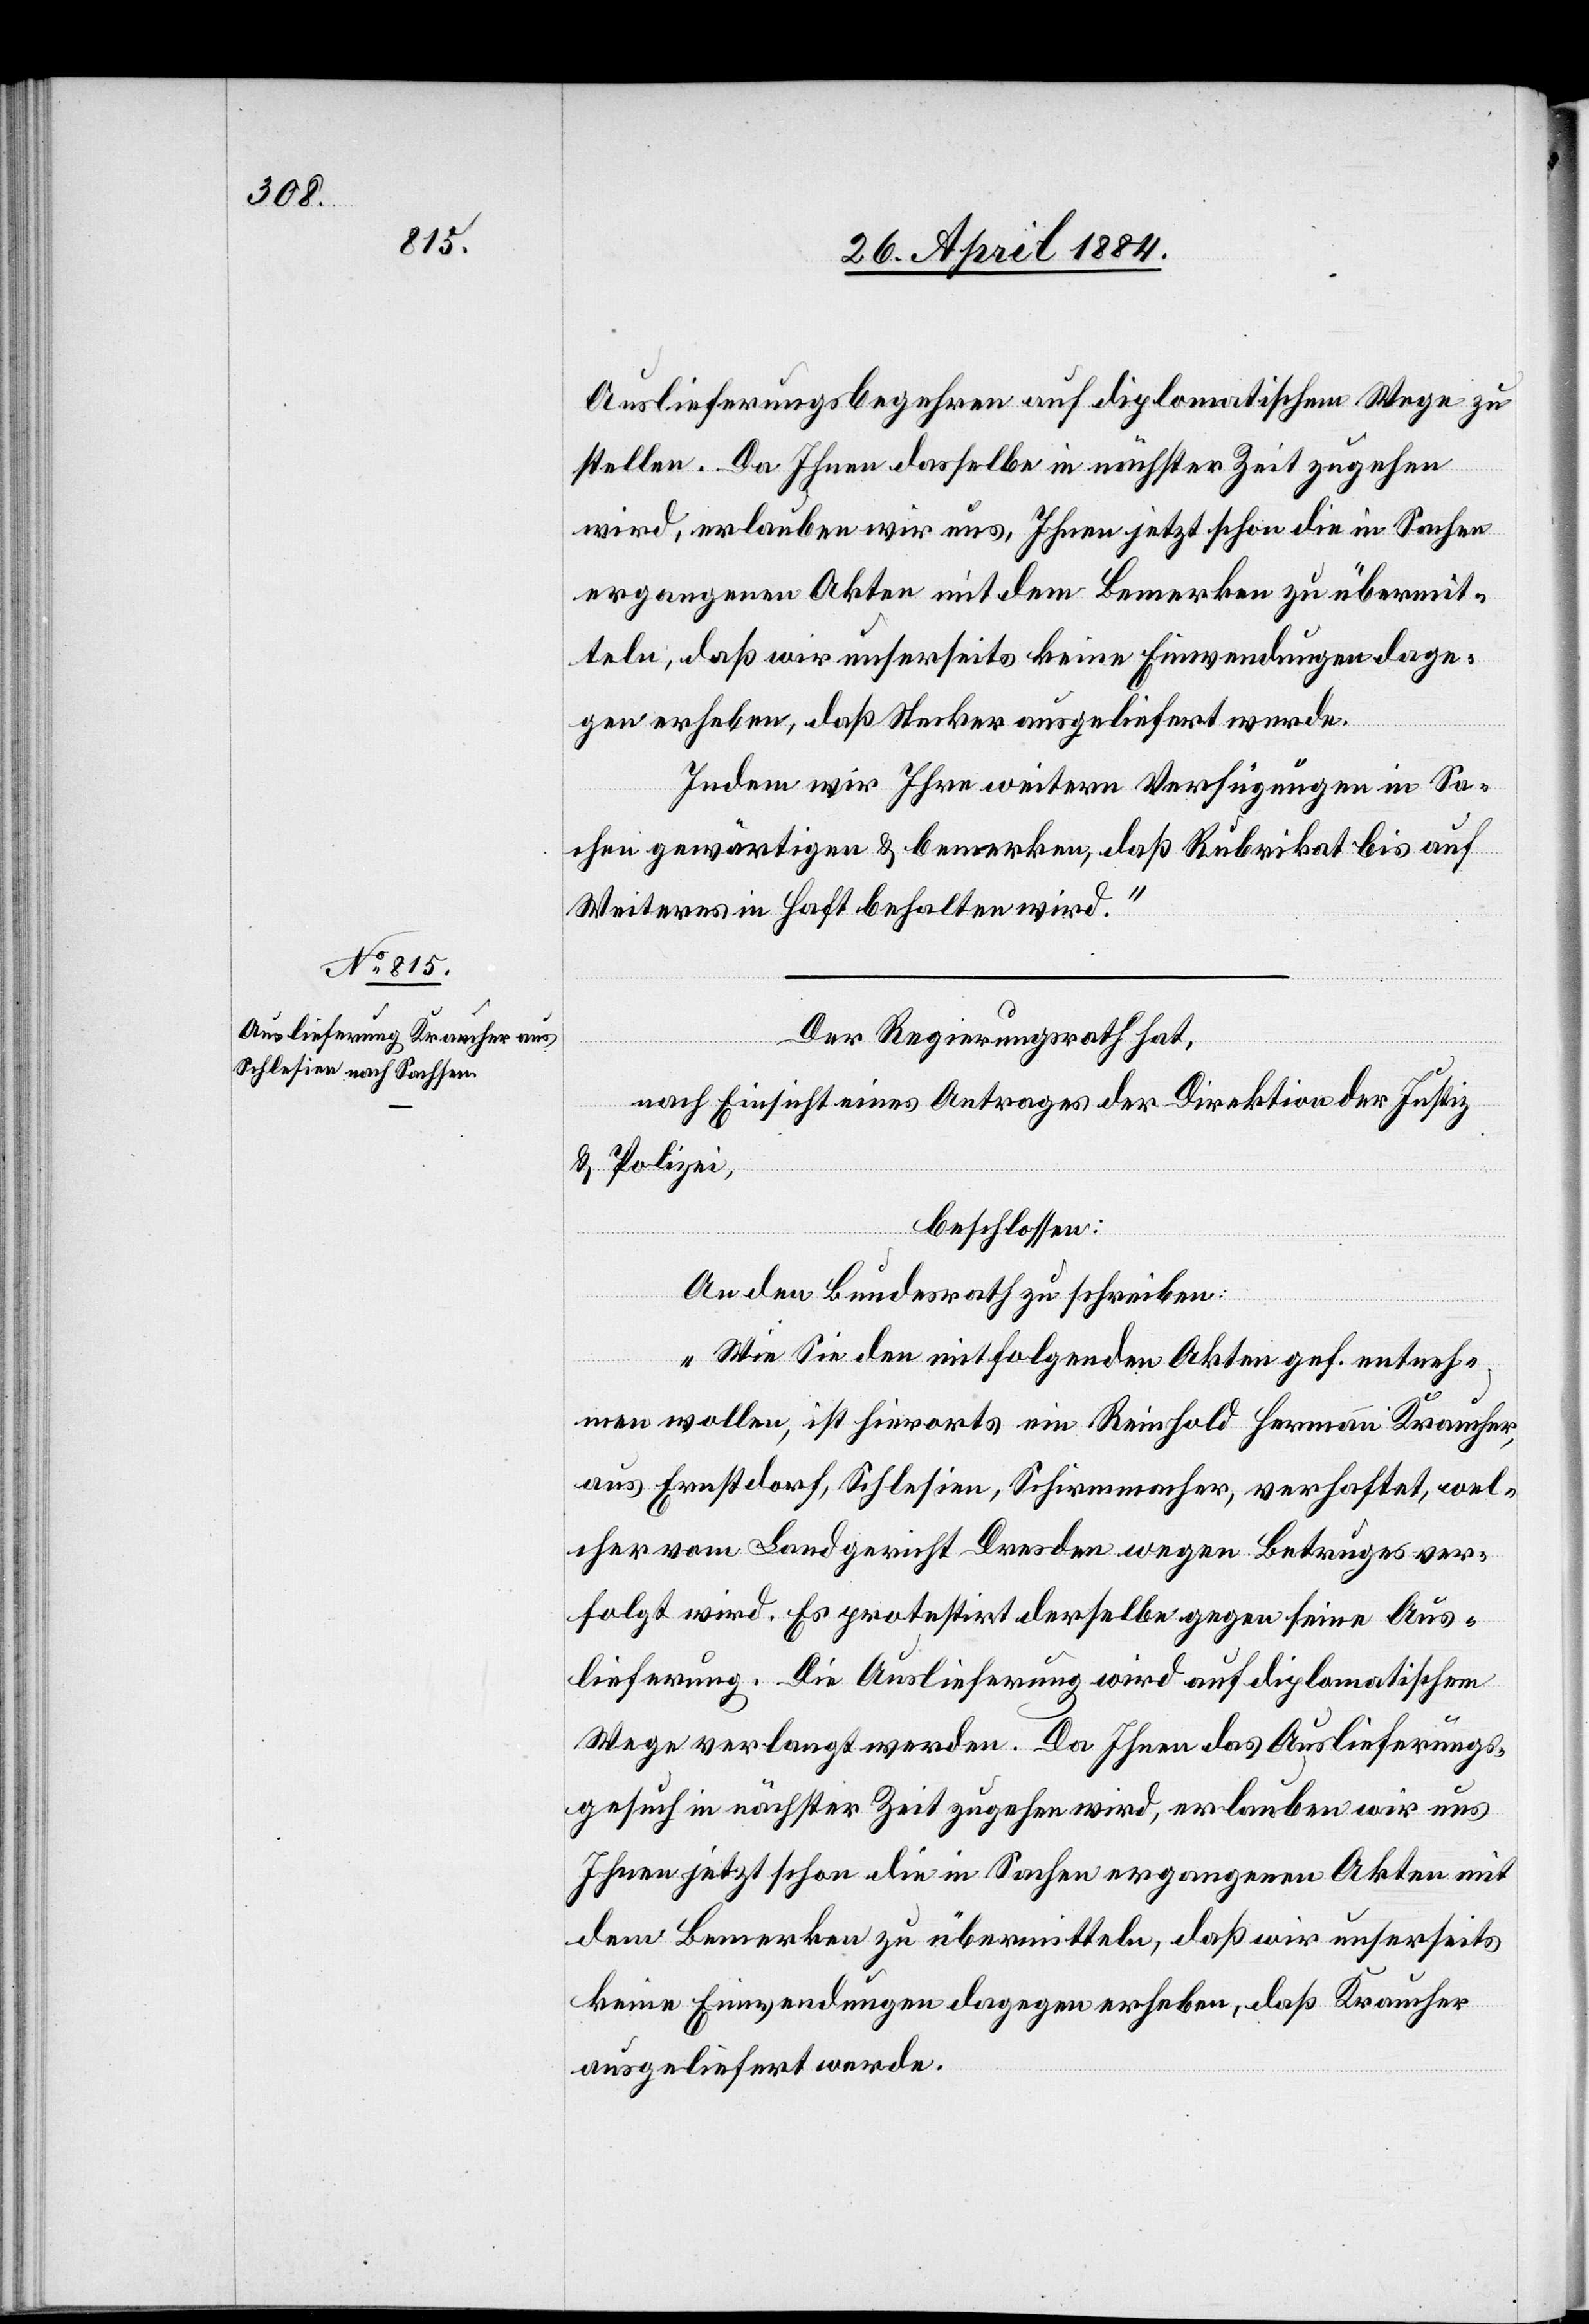
30. April 1884.]
Auslieferungsbegehren auf diplomatischem Wege zu
stellen. Da Ihnen dasselbe in nächster Zeit zugehen
wird, erlauben wir uns, Ihnen jetzt schon die in Sachen
ergangenen Akten mit dem Bemerken zu übermit¬
teln, daß wir unserseits keine Einwendungen dage¬
gen erheben, daß Stecker ausgeliefert werde.
Indem wir ihre weitern Verfügungen in Sa¬
chen gewärtigen & bemerken, daß Rubrikat bis auf
Weiteres in Haft behalten wird.“
Der Regierungsrath hat,
nach Einsicht eines Antrages der Direktion der Justiz
& Polizei,
beschlossen:
An den Bundesrath zu schreiben:
„Wie Sie den mitfolgenden Akten gef. entneh¬
men wollen, ist hierorts ein Reinhold Hermann Kraucher,
Ernsdorf], Schlesien, Schirmmacher, verhaftet, wel¬
cher vom Landgericht Dresden wegen Betruges ver¬
folgt wird. Es protestirt derselbe gegen seine Aus¬
lieferung. Die Auslieferung wird auf diplomatischem
Wege verlangt werden. Da Ihnen das Auslieferungs¬
gesuch in nächster Zeit zugehen wird, erlauben wir uns
Ihnen jetzt schon die in Sachen ergangenen Akten mit
dem Bemerken zu übermitteln, daß wir unserseits
keine Einwendungen dagegen erheben, daß Kraucher
ausgeliefert werde.